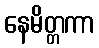
နေမိတ္တကာ